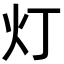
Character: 灯